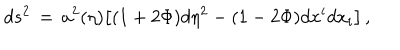
d s ^ { 2 } \, = \, a ^ { 2 } ( \eta ) \bigl [ ( 1 + 2 \Phi ) d \eta ^ { 2 } - ( 1 - 2 \Phi ) d x ^ { i } d x _ { i } \bigr ] \, ,